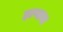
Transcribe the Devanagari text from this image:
हाणावा